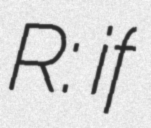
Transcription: R: if